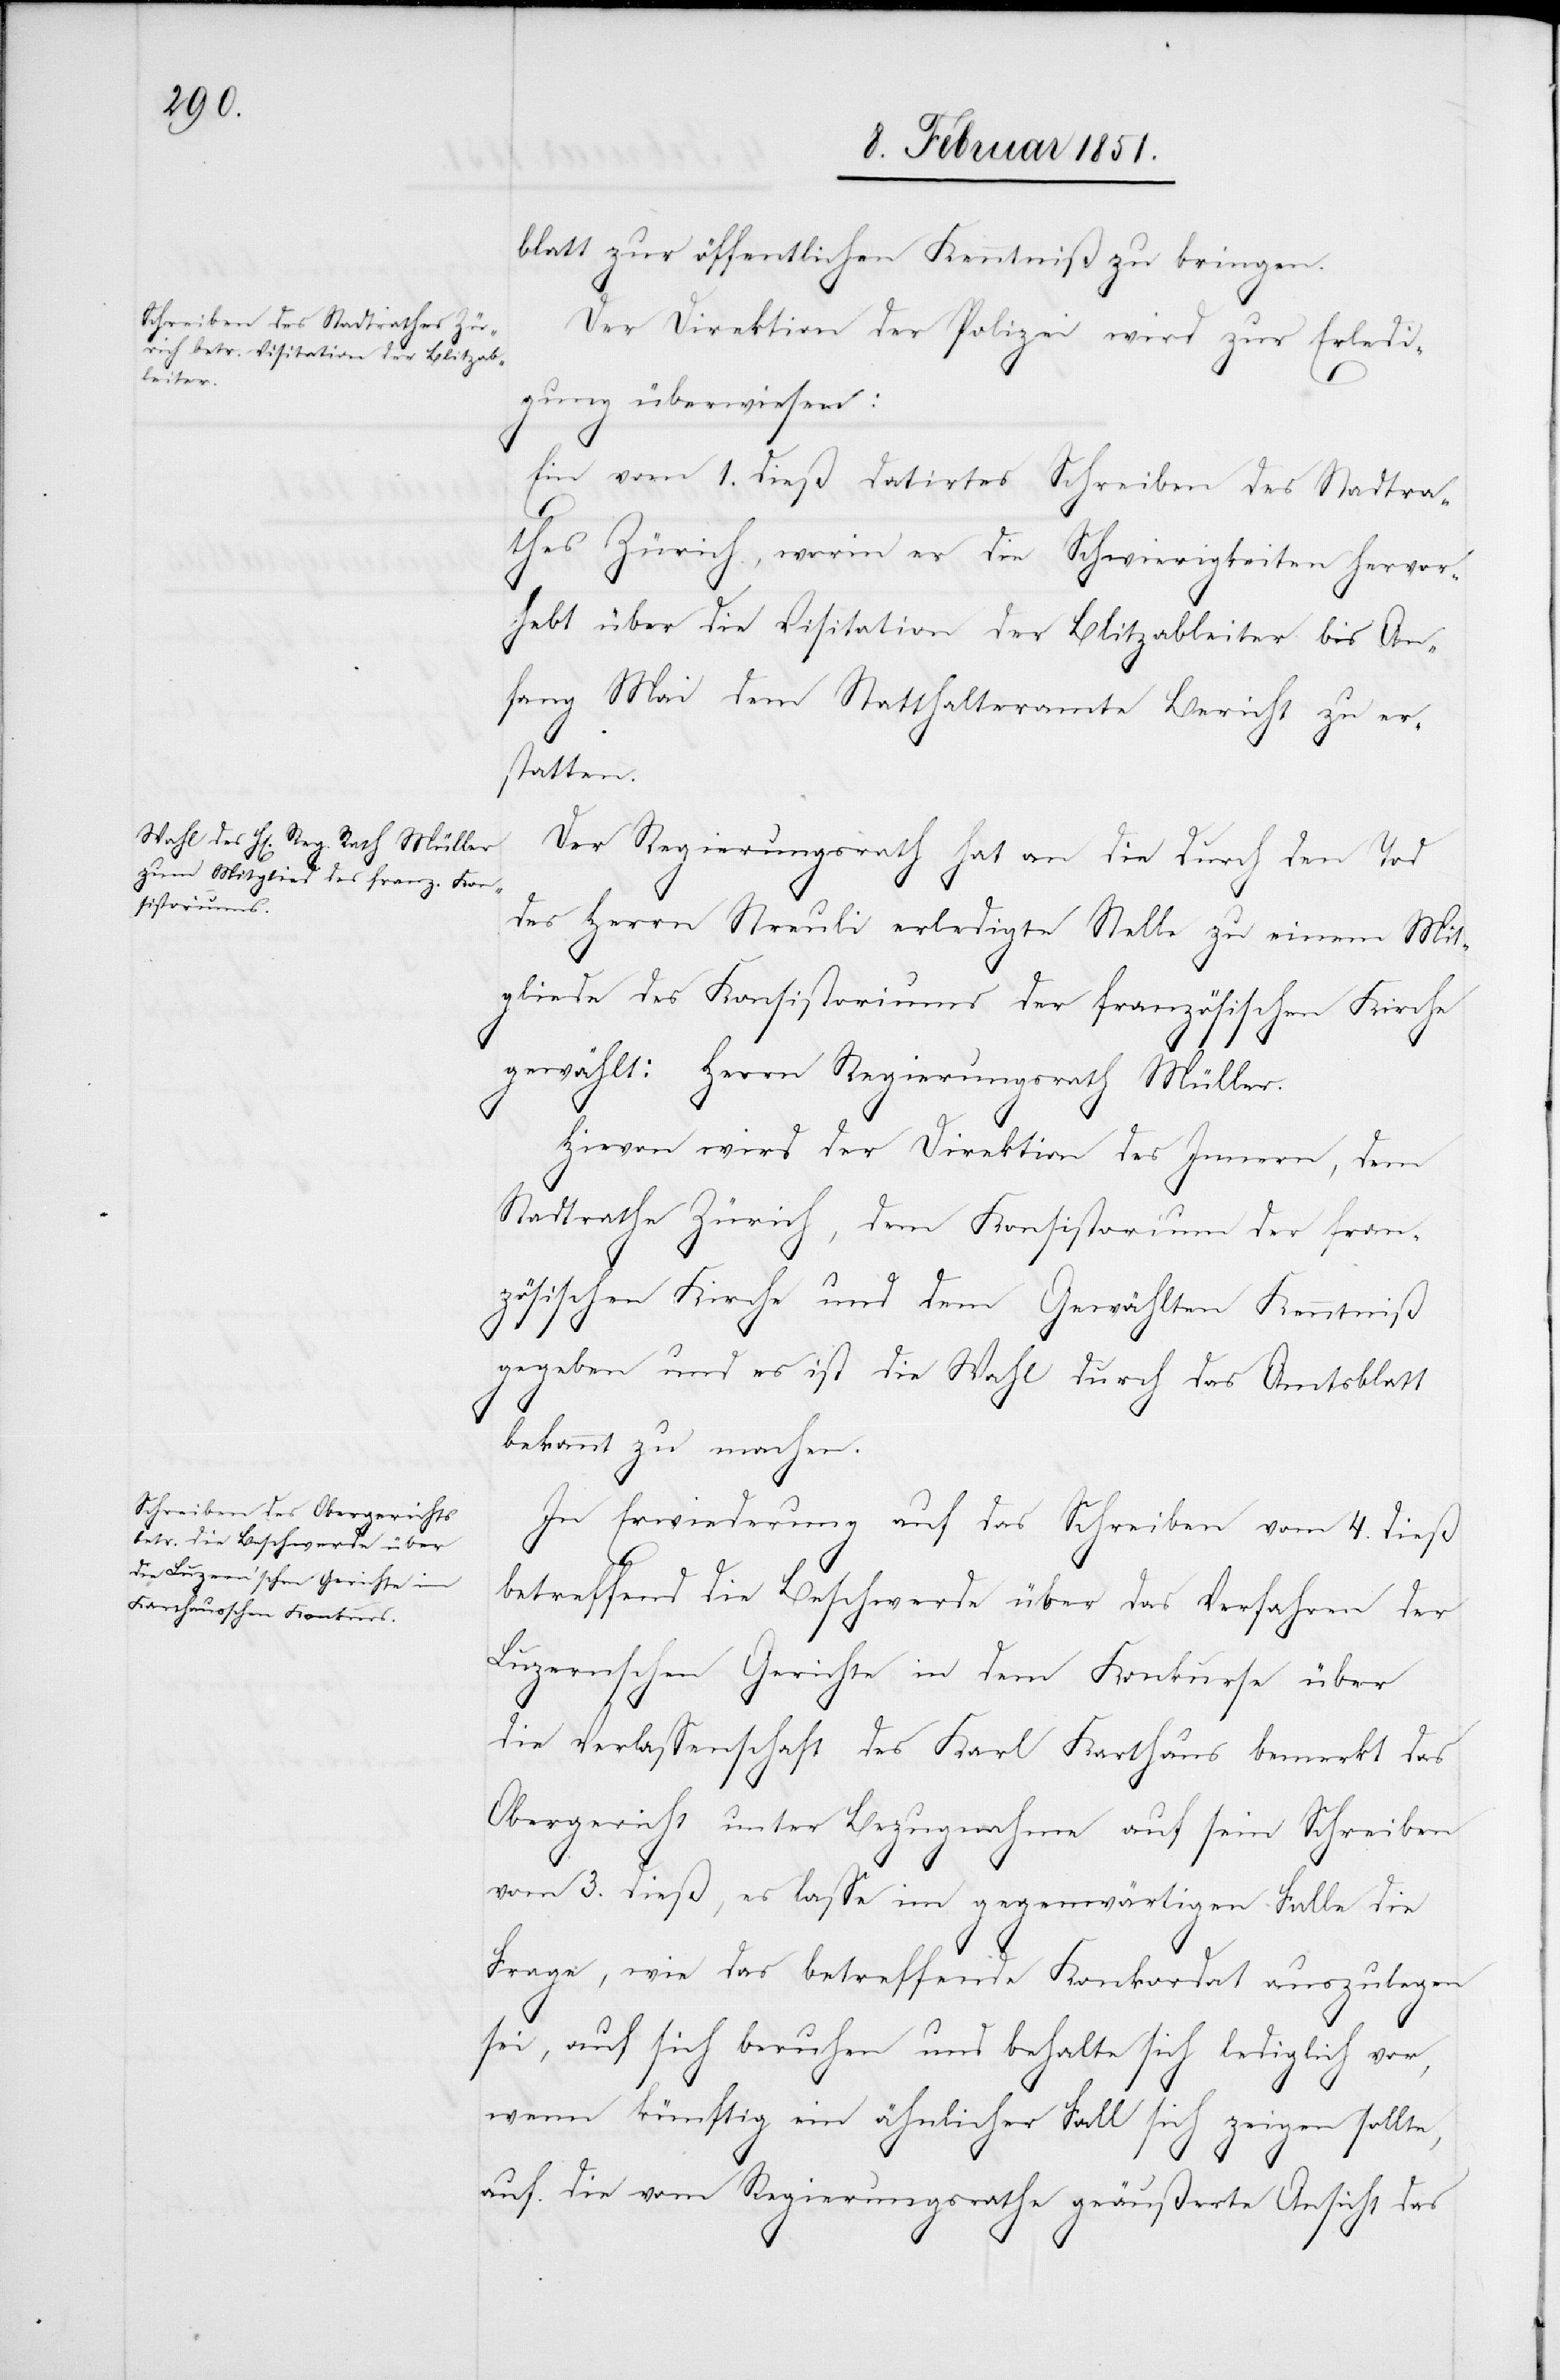
blatt zur öffentlichen Kenntniß zu bringen.
Der Direktion der Polizei wird zur Erledi¬
gung überwiesen:
Ein vom 1. dieß datirtes Schreiben des Stadtra¬
thes Zürich, worin er die Schwierigkeiten hervor¬
hebt über die Visitation der Blitzableiter bis An¬
fang Mai dem Statthalteramte Bericht zu er¬
statten.
Der Regierungsrath hat an die durch den Tod
des Herrn Streuli erledigte Stelle zu einem Mit¬
gliede des Konsistoriums der französischen Kirche
gewählt: Herrn Regierungsrath Müller.
Hievon wird der Direktion des Innern, dem
Stadtrathe Zürich, dem Konsistorium der fran¬
zösischen Kirche und dem Gewählten Kenntniß
gegeben und es ist die Wahl durch das Amtsblatt
bekannt zu machen.
In Erwiederung auf das Schreiben vom 4. dieß
betreffend die Beschwerde über das Verfahren der
Luzernschen Gerichte in dem Konkurse über
die Verlassenschaft des Karl Karthaus bemerkt das
Obergericht unter Bezugnahme auf sein Schreiben
vom 3. dieß, es lasse im gegenwärtigen Falle die
Frage, wie das betreffende Konkordat auszulegen
sei, auf sich beruhen und behalte sich lediglich vor,
wenn künftig ein ähnlicher Fall sich zeigen sollte,
auf die vom Regierungsrathe geäußerte Ansicht das